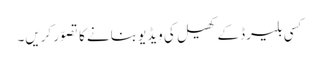
کسی بلیرڈ کے کھیل کی ویڈیو بنانے کا تصوّر کریں۔